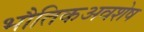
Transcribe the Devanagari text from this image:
भौतिकअवशेष